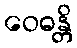
ဝေဓန္တိ